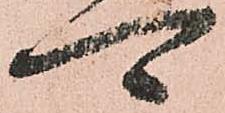
可